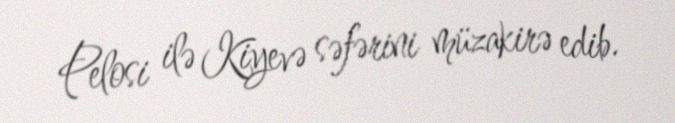
Pelosi ilə Kiyevə səfərini müzakirə edib.